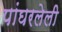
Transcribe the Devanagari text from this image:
पांघरलेली